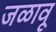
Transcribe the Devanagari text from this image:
जळावू